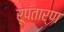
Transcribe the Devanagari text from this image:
रूपंतार्ण